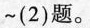
~(2)题。